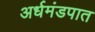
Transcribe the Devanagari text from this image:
अर्धमंडपात